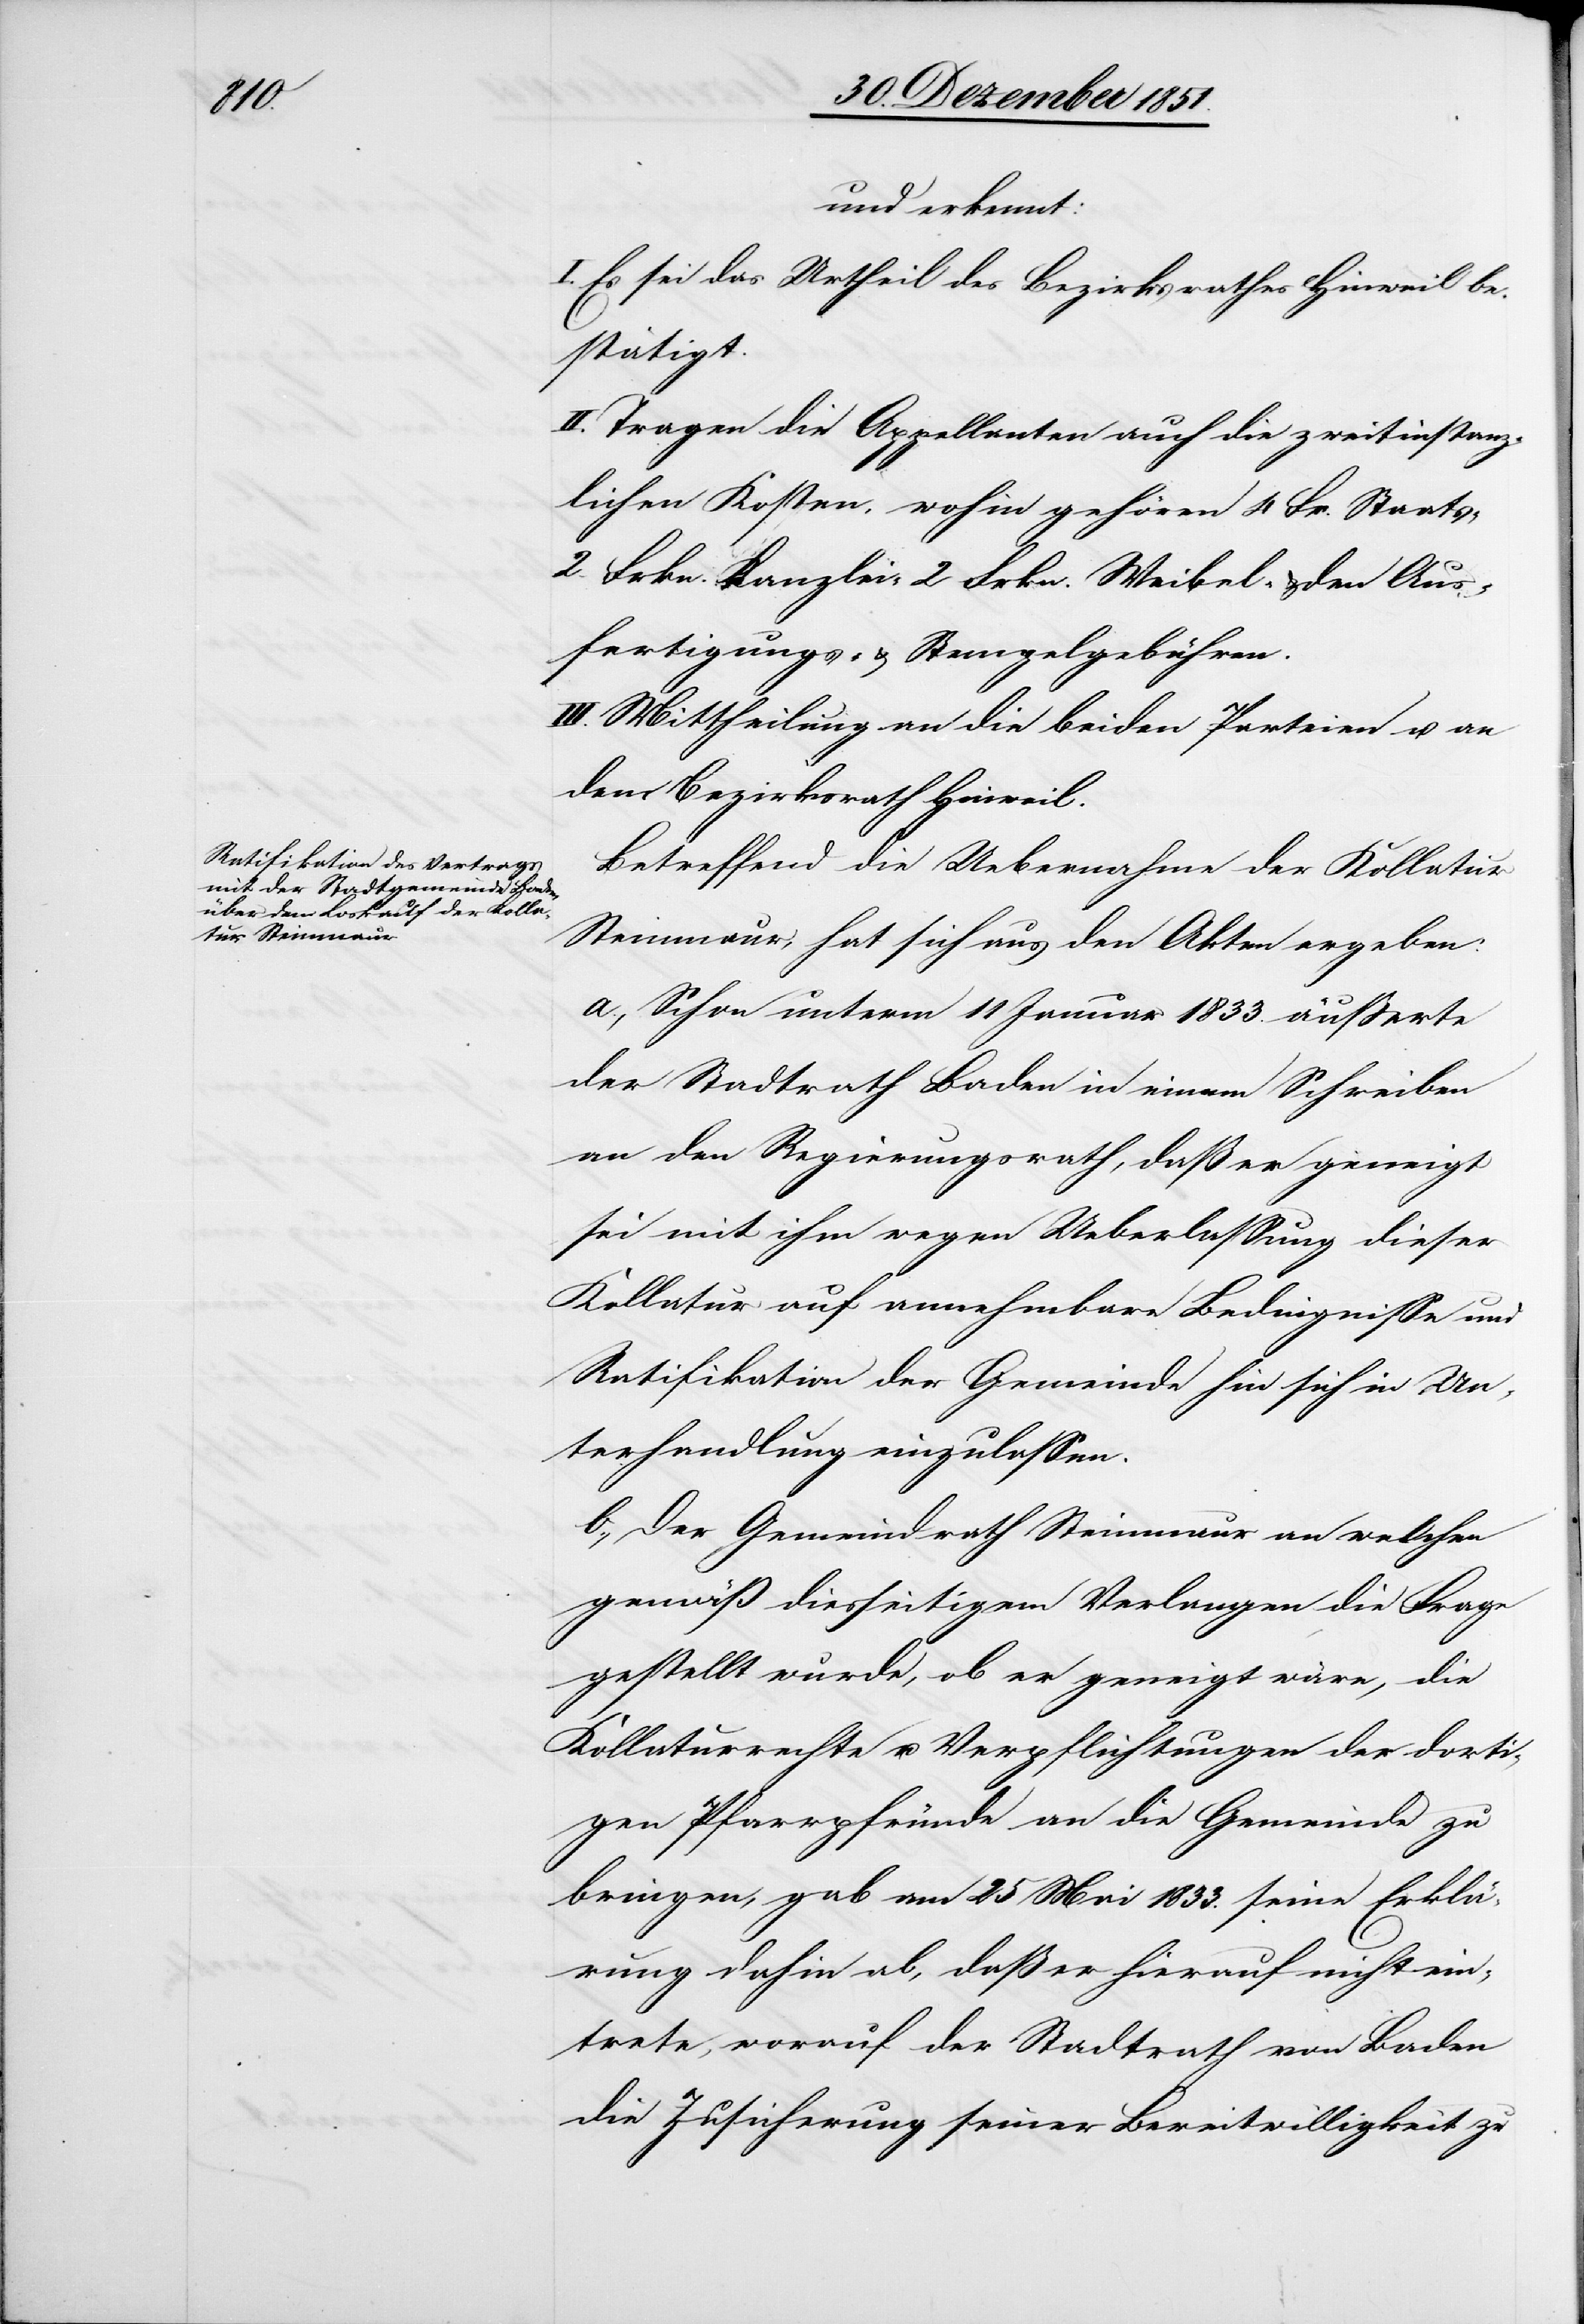
Aus¬

und erkennt:
I. Es sei das Urtheil des Bezirksrathes HInweil be¬
stätigt.
II. Tragen die Appellanten auch die zweitinstanz¬
lichen Kosten, wohin gehören 4 Fr. Staats-[,]
2 Frkn. Kanzlei-[,] 2 Frkn. Weibel- & den [s¬
fertigungs- & Stempelgebühren.
III. Mittheilung an die beiden Parteien u. an
den Bezirksrath Hinweil.
Betreffend die Uebernahme der Kollatur
Steinmaur, hat sich aus den Akten ergeben:
a., Schon unterm 11 Januar 1833. äußerte
der Stadtrath Baden in einem Schreiben
an den Regierungsrath, daß er geneigt
sei mit ihm wegen Ueberlassung dieser
Kollatur auf annehmbare Bedingnisse und
Ratifikation der Gemeinde hin sich in Un¬
terhandlung einzulassen.
b., Der Gemeindrath Steinmaur an welchen
gemäß diesseitigem Verlangen die Frage
gestellt wurde, ob er geneigt wäre, die
Kollaturrechte u. Verpflichtungen der dorti¬
gen Pfarrpfründe an die Gemeinde zu
bringen, gab am 25 Mai 1833. seine Erklä¬
rung dahin ab, daß er hierauf nicht ein¬
trete, worauf der Stadtrath von Baden
die Zusicherung seiner Bereitwilligkeit zu